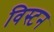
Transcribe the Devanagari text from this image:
विस्टन